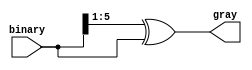
module Binary_to_Gray(
		input  [depthsize:0]binary,
		output [depthsize:0]gray
    );
		
	 parameter depth = 31 , depthsize = 5 , addresssize = 4 ;

assign gray = (binary >> 1) ^ binary;


	
endmodule